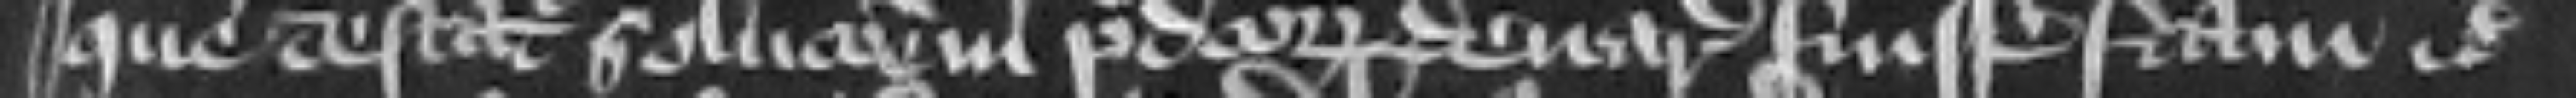
que testatur solucionem predictorum denariorum fuisse factam etc.